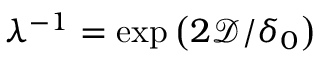
\lambda ^ { - 1 } = \exp { \left( 2 \mathcal { D } / \delta _ { 0 } \right) }